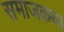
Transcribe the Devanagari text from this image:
समाजकथा